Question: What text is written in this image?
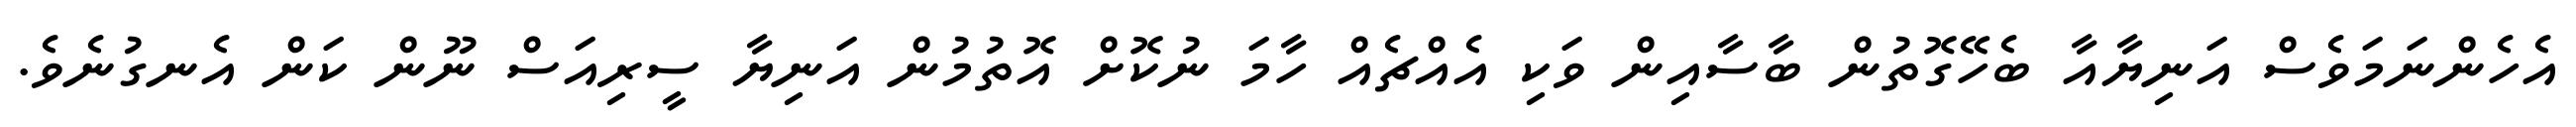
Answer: އެހެންނަމަވެސް އަނިޔާއާ ބެހޭގޮތުން ބާސާއިން ވަކި އެއްޗެއް ހާމަ ނުކޮށް އޮތުމުން އަނިޔާ ސީރިއަސް ނޫން ކަން އެނގުނެވެ.